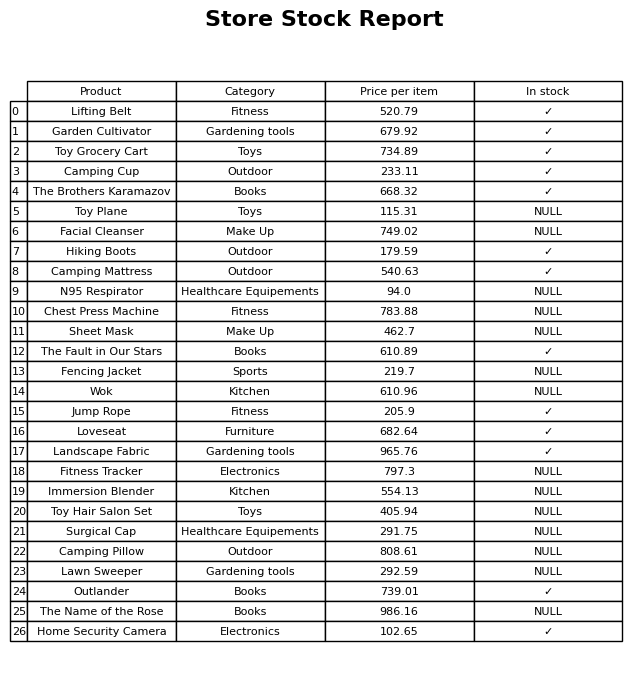
question: What is the price of the Hiking Boots?
answer: The price of Hiking Boots is 179.59.